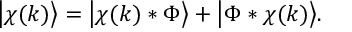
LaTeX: \big | \chi ( k ) \big \rangle = \big | \chi ( k ) * \Phi \big \rangle + \big | \Phi * \chi ( k ) \big \rangle .